Vaccination in Burma 1900-1911 - 1900-1911
Year: 1900
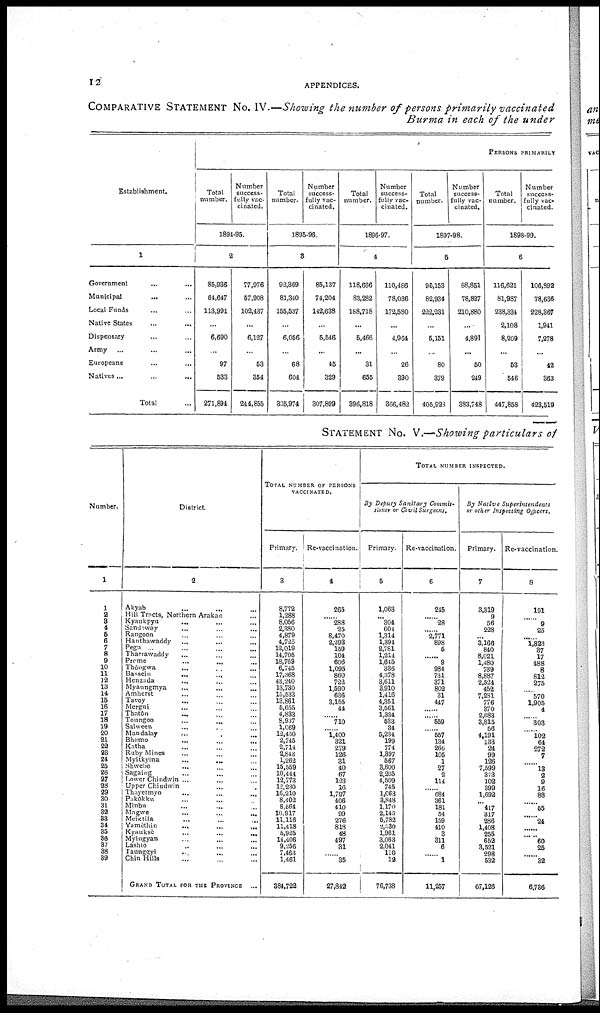
12
APPENDICES.
COMPARATIVE STATEMENT No. IV.—Showing the number of persons primarily vaccinated
Burma in each of the under
Establishment.
1
Government
...
...
Municipal ... ...
Local Funds ... ...
Native States ... ...
Dispensary ... ...
Army ... ...
Europeans ... ...
Natives
...
...
...
Total ...
PERSONS PRIMARILY
Total
number.
Number
success-
fully vac-
cinated.
1894-95.
2
85,936
64,647
113,991
...
6,690
...
97
533
271,894
77,976
57,908
102,437
...
6,127
...
53
354
244,855
Total
number.
Number
success-
fully vac-
cinated.
1895-96.
3
92,369
81,340
155,537
...
6,056
...
68
604
335,974
85,137
71,204
112,638
...
5,546
...
45
329
307,899
Total
number.
Number
success-
fully vac-
cinated.
1896-97.
4
118,666
83,282
188,718
...
5,466
...
31
655
396,818
110,486
78,036
172,580
...
4,964
...
26
390
366,482
Total
number.
Number
success-
fully vac-
cinated.
1897-98.
5
95,153
82,934
222,231
...
5,151
...
80
379
405,928
88,851
78,827
210,880
...
4,891
...
50
249
383,748
Total
number.
Number
success-
fully vac-
cinated.
1898-99.
6
116,621
81,987
238,331
2,108
8,209
...
53
546
447,858
106,892
78,636
228,367
1,941
7,278
...
42
363
423,519
STATEMENT No. V.—Showing particulars of
Number.
1
1
2 3
4
5
6
7
8
9
10
11
12
13
14
15
16
17
18
19
20
21
22
23
24
25
26
27
28 29
30
31
32
33
34
35
36
37
38
39
District
2
Akyab ... ... ...
Hill Tracts, Northern Arakan ...
Kyaukpyu ... ... ...
Sandoway
...
...
...
Rangoon ... ... ...
Hanthawaddy ... ... ...
Pegu ... ... ...
Tharrawaddy ... ... ...
Prome
...
...
...
Thôngwa ... ... ...
Bassein
...
...
...
Henzada
...
...
...
Myaungmya ... ... ...
Amherst ... ... ...
Tavoy ... ... ...
Mergui ... ... ...
Thatôn ... ... ...
Toungoo
...
...
...
Salween ... ... ...
Mandalay ... ... ...
Bhamo
...
...
...
Katha ... ... ...
Ruby Mines ... ... ...
Myitkyina ... ... ...
Shwebo ... ... ...
Sagaing ... ... ...
Lower Chindwin ... ... ...
Upper Chindwin ... ... ...
Thayetmyo
...
...
...
Pakokku ... ... ...
Minbu ... ... ...
Magwe ... ... ...
Meiktila ... ... ...
Yamèthin
...
...
...
Kyauksè
...
...
...
Myiugyan ... ... ...
Lashio ... ... ...
Taunggyi ... ... ...
Chin Hills ... ... ...
GRAND TOTAL FOR THE PROVINCE ...
TOTAL NUMBER OF PERSONS
VACCINATED.
Primary.
3
8,772
1,288
8,056
2,380
4,879
4,725
12,019
14,705
18,769
6,745
17,368
13,240
13,730
15,533
13,861
5,655
4,833
8,937
1,069
12,450
2,745
2,714
2,843
1,262
15,559
10,444
12,773
12,230
16,210
8,402
8,564
10,917
11,116
11,418
5,925
14,406
9,256
7,463
1,461
384,722
Re-vaccination.
4
265
...
288
25
8,470
2,293
159
104
606
1,095
860
722
1,590
636
3,155
44
......
710
......
1,400
321
279
126
31
40
67
123
16
1,797
406
410
99
276
818
48
497
31
...
35
27,842
TOTAL NUMBER INSPECTED.
By Deputy Sanitary Commit-
sioner or Civil Surgeons,
Primary.
5
1,063
... 304
604
1,314
1,394
2,781
1,214
1,645
336
4,378
3,611
3,910
1,416
4,351
3,561
1,334
533
34
5,234
199
774
1,397
567
3,600
2,205
1,509
745
1,063
3,848
1,170
2,145
5,782
2,530
1,961
3,063
2,041
110
12
76,738
Re-vaccination.
6
215
...
28
...
2,771
898
5
......
9
984
731
371
802
31
447
......
......
559
......
557
134
266
105
1
27
2
114
......
684
361
181
54
159
410
3
311
6
......
1
11,257
By Native Superintendents
or other Inspecting Officers.
Primary.
7
3,319
9
56
228
...
3,166
840
8,021
1,180
739
8,887
2,524
452
7,281
776
370
2,683
3,815
56
4,191
133
24
99
126
7,599
373
102
399
1,692
... 417
317
286
1,408
255
652
3,521
298
532
67,126
Re-vaccination.
8
191
......
9
25
...
1,323
37
17
488
8
812
275
......
570
1,905
4
......
303
......
102
64
272
7
...
13
2 9
16
88
......
55
......
24
......
......
60
25
......
32
6,786